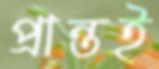
প্রান্তই